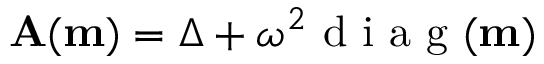
\mathbf { A ( m ) } = \boldsymbol { \Delta } + \omega ^ { 2 } \mathrm { ~ d ~ i ~ a ~ g ~ } ( \mathbf { m } )